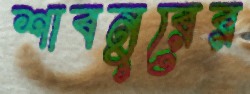
শাবনুরের